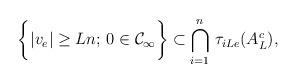
LaTeX: \begin{align*}\bigg\{|v_e|\geq L n;\, 0\in\mathcal C_\infty\bigg\} \subset \bigcap_{i=1}^n\, \tau_{i Le}(A_L^c),\end{align*}